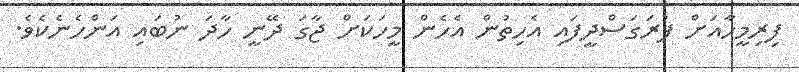
ފިރިމީހާއަށް ފުރަގަސްދީފައި އެހިތުން އެހެން މީހަކަށް ޖާގަ ދޭނީ ހާދަ ނުބައި އަންހެނެކެވެ.